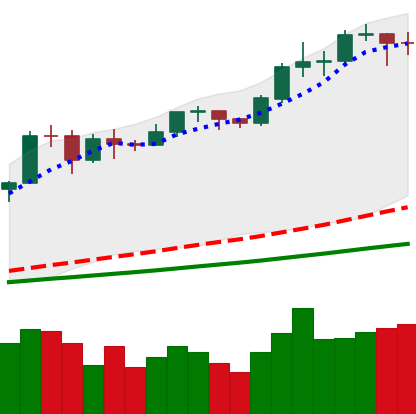
Ticker: BTC-USD
Chart end date: 2020-11-23
Forward return: -3.522%
Label: down_3_5